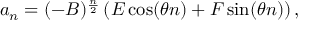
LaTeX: a _ { n } = ( - B ) ^ { \frac { n } { 2 } } \left( E \cos ( \theta n ) + F \sin ( \theta n ) \right) ,